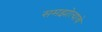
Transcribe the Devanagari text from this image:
समझोत्याचे